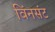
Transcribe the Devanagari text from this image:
विंनसंट